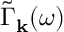
\tilde { \Gamma } _ { \bf k } ^ { } ( \omega )